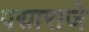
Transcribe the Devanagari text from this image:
पद्माराजे